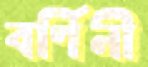
বর্ণিনী